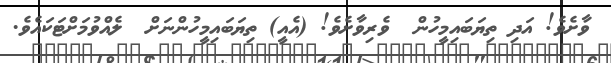
ވާށެވެ! އަދި ތިޔަބައިމީހުން  ވެރިވާށެވެ! (އެއީ) ތިޔަބައިމީހުންނަށް  ލެއްވުމަށްޓަކައެވެ.